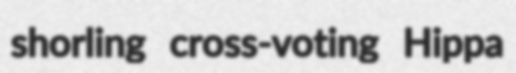
shorling cross-voting Hippa